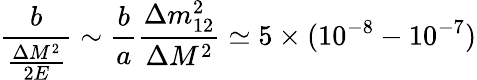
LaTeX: \frac{b}{\frac{\Delta M^{2}}{2E}}\sim\frac{b}{a}\frac{\Delta m_{12}^{2}}{\Delta M^{2}}\simeq 5\times(10^{-8}-10^{-7})